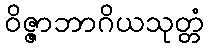
ဝိဇ္ဇာဘာဂိယသုတ္တံ